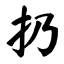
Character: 扔